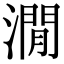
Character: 㵎